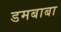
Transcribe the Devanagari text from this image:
डमबाबा